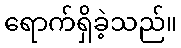
ရောက်ရှိခဲ့သည်။